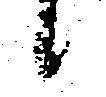
候